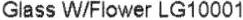
GLASS W/FLOWER LG10001